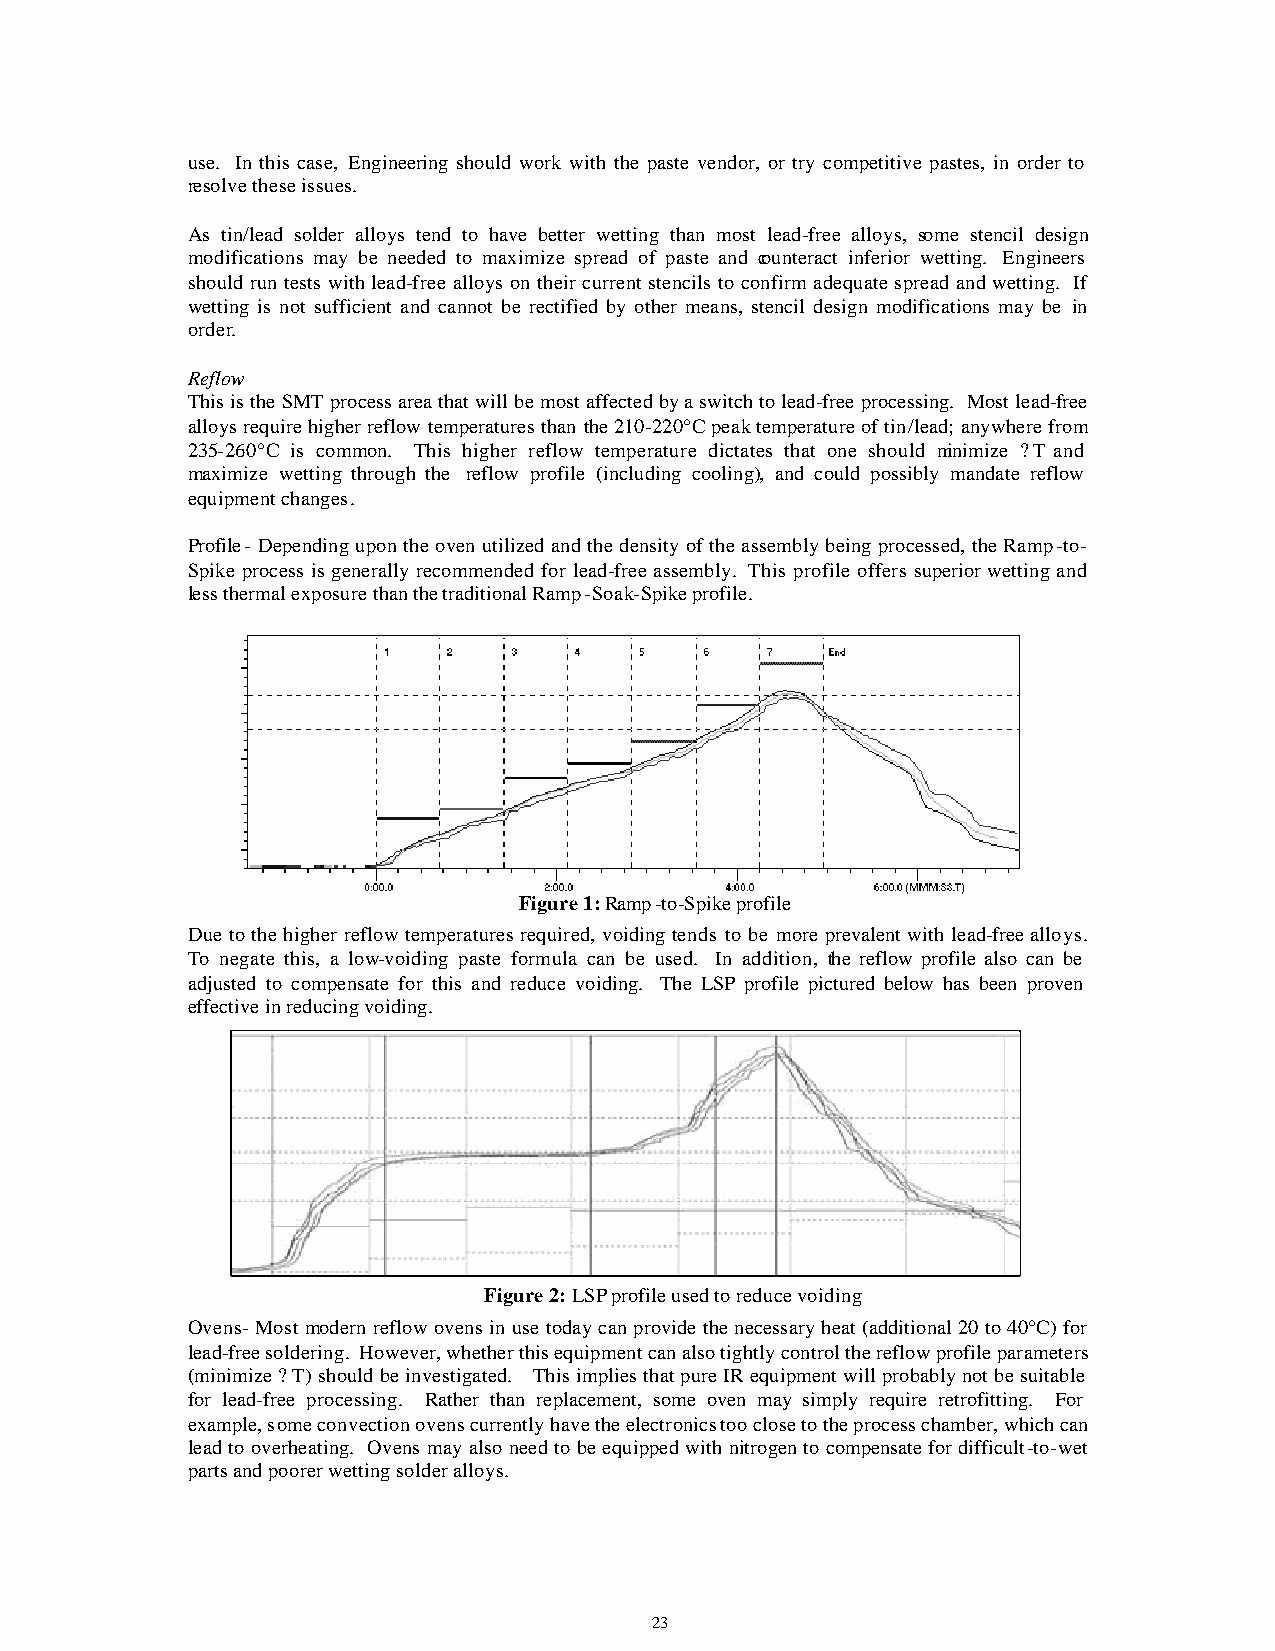
use. In this case, Engineering should work with the paste vendor, or try competitive pastes, in order to
 resolve these issues.
 As tin/lead solder alloys tend to have better wetting than most lead-free alloys, some stencil design
 modifications may be needed to maximize spread of paste and counteract inferior wetting. Engineers
 should run tests with lead-free alloys on their current stencils to confirm adequate spread and wetting. If
 wetting is not sufficient and cannot be rectified by other means, stencil design modifications may be in
 order.
 Reflow
 This is the SMT process area that will be most affected by a switch to lead-free processing. Most lead-free
 alloys require higher reflow temperatures than the 210-220°C peak temperature of tin/lead; anywhere from
 235-260°C is common. This higher reflow temperature dictates that one should minimize ?T and
 maximize wetting through the reflow profile (including cooling), and could possibly mandate reflow
 equipment changes.
 Profile- Depending upon the oven utilized and the density of the assembly being processed, the Ramp-to-
 Spike process is generally recommended for lead-free assembly. This profile offers superior wetting and
 less thermal exposure than the traditional Ramp-Soak-Spike profile.
 Figure 1: Ramp-to-Spike profile
 Due to the higher reflow temperatures required, voiding tends to be more prevalent with lead-free alloys.
 To negate this, a low-voiding paste formula can be used. In addition, the reflow profile also can be
 adjusted to compensate for this and reduce voiding. The LSP profile pictured below has been proven
 effective in reducing voiding.
 Figure 2: LSP profile used to reduce voiding
 Ovens- Most modern reflow ovens in use today can provide the necessary heat (additional 20 to 40°C) for
 lead-free soldering. However, whether this equipment can also tightly control the reflow profile parameters
 (minimize ?T) should be investigated. This implies that pure IR equipment will probably not be suitable
 for lead-free processing. Rather than replacement, some oven may simply require retrofitting. For
 example, some convection ovens currently have the electronics too close to the process chamber, which can
 lead to overheating. Ovens may also need to be equipped with nitrogen to compensate for difficult-to-wet
 parts and poorer wetting solder alloys.
 23